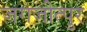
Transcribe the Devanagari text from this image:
जगजीत्पुर